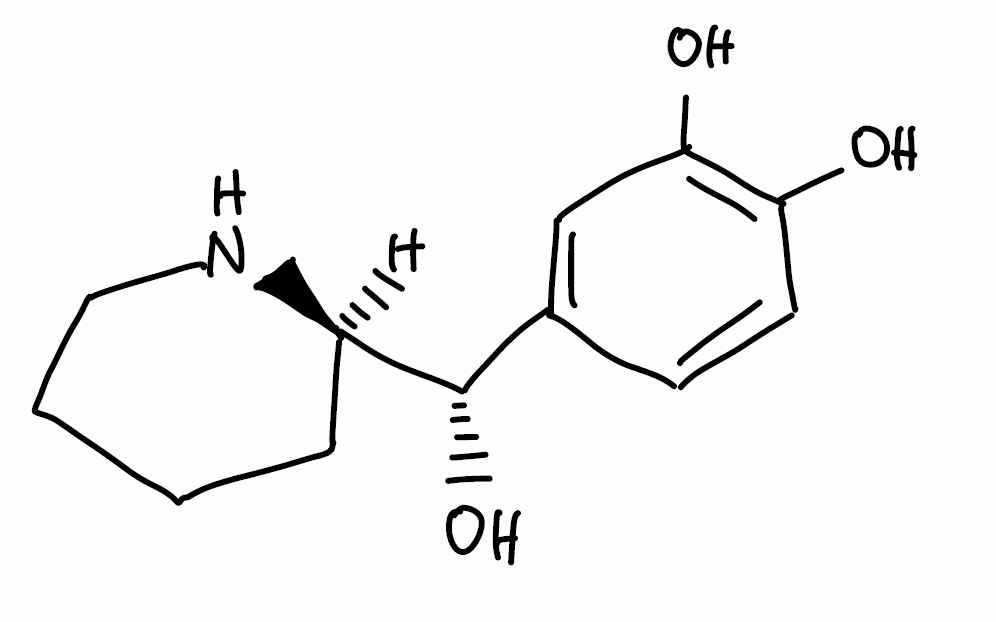
Simplified molecular-input line-entry system (SMILES) notation of the given molecule:
C1CCN[C@H](C1)[C@H](C2=CC(=C(C=C2)O)O)O